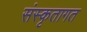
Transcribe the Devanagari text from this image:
संस्कृतागत